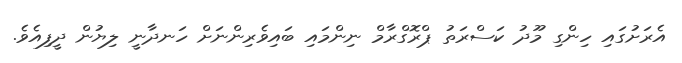
އެރަށުގައި ހިންގި މޫދު ކަސްރަތު ޕްރޮގްރާމް ނިންމައި ބައިވެރިންނަށް ހަނދާނީ ލިޔުން ދީފިއެވެ.